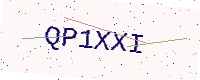
Text: QP1XXI